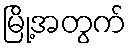
မြို့အတွက်